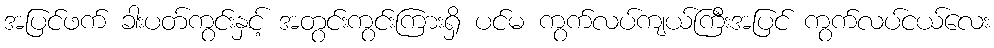
အပြင်ဖက် ခါးပတ်ကွင်းနှင့် အတွင်းကွင်းကြားရှိ ပင်မ ကွက်လပ်ကျယ်ကြီးအပြင် ကွက်လပ်ငယ်လေး